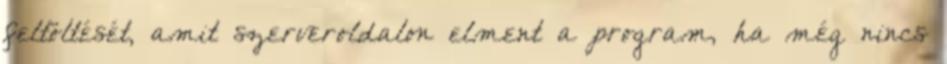
feltöltését, amit szerveroldalon elment a program, ha még nincs